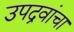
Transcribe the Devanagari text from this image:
उपद्रवांचा